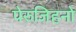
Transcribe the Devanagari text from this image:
पेरुजिहनो